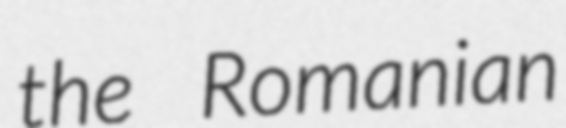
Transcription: the Romanian